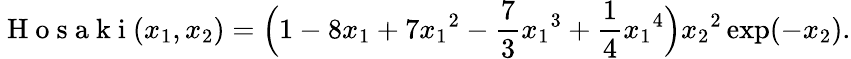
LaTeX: \mathrm{~H~o~s~a~k~i~}(x_{1},x_{2})=\Big(1-8x_{1}+7{x_{1}}^{2}-\frac{7}{3}{x_{1}}^{3}+\frac{1}{4}{x_{1}}^{4}\Big){x_{2}}^{2}\exp(-x_{2}).